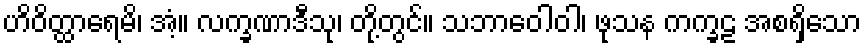
ဟိဝိတ္ထာရေမိ၊ အံ့။ လက္ခဏာဒီသု၊ တို့တွင်။ သဘာဝေါဝါ၊ ဖုသန ကက္ခဠ အစရှိသော